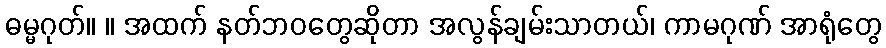
ဓမ္မဂုတ်။ ။ အထက် နတ်ဘဝတွေဆိုတာ အလွန်ချမ်းသာတယ်၊ ကာမဂုဏ် အာရုံတွေ